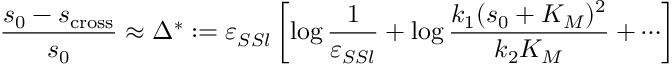
\frac { s _ { 0 } - s _ { \mathrm { c r o s s } } } { s _ { 0 } } \approx \Delta ^ { * } : = \varepsilon _ { S S l } \left[ \log \frac { 1 } { \varepsilon _ { S S l } } + \log \frac { k _ { 1 } ( s _ { 0 } + K _ { M } ) ^ { 2 } } { k _ { 2 } K _ { M } } + \cdots \right]